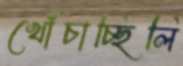
খোঁচাচ্ছিলি